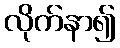
လိုက်နာ၍